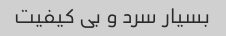
بسیار سرد و بی کیفیت